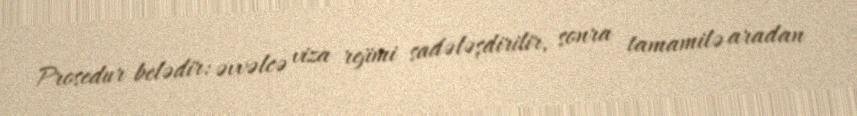
Prosedur belədir: əvvəlcə viza rejimi sadələşdirilir, sonra tamamilə aradan